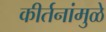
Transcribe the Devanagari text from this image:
कीर्तनांमुळे